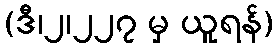
(ဒီ၊၂၊၂၂၇ မှ ယူရန်)